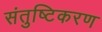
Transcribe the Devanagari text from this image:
संतुष्टिकरण